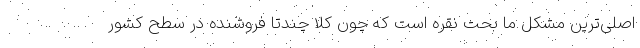
اصلی‌ترین مشکل ما بحث نقره است که چون کلا چندتا فروشنده در سطح کشور